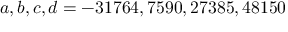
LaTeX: a , b , c , d = - 3 1 7 6 4 , 7 5 9 0 , 2 7 3 8 5 , 4 8 1 5 0